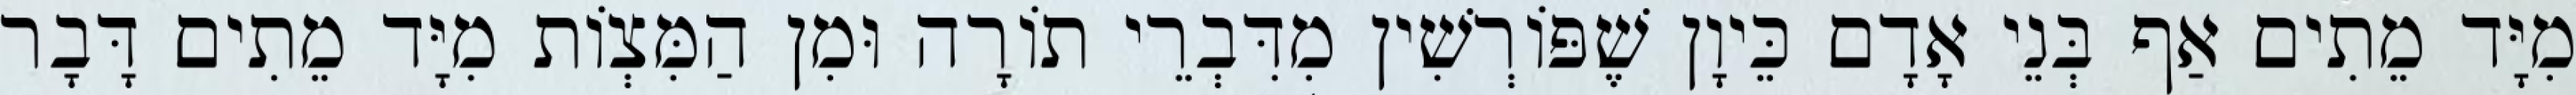
מִיָּד מֵתִים אַף בְּנֵי אָדָם כֵּיוָן שֶׁפּוֹרְשִׁין מִדִּבְרֵי תוֹרָה וּמִן הַמִּצְוֹת מִיָּד מֵתִים דָּבָר